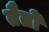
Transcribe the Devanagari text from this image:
तैतो